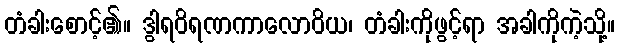
တံခါးစောင့်၏။ ဒွါရဝိရဏကာလောဝိယ၊ တံခါးကိုဖွင့်ရာ အခါကိုကဲ့သို့။